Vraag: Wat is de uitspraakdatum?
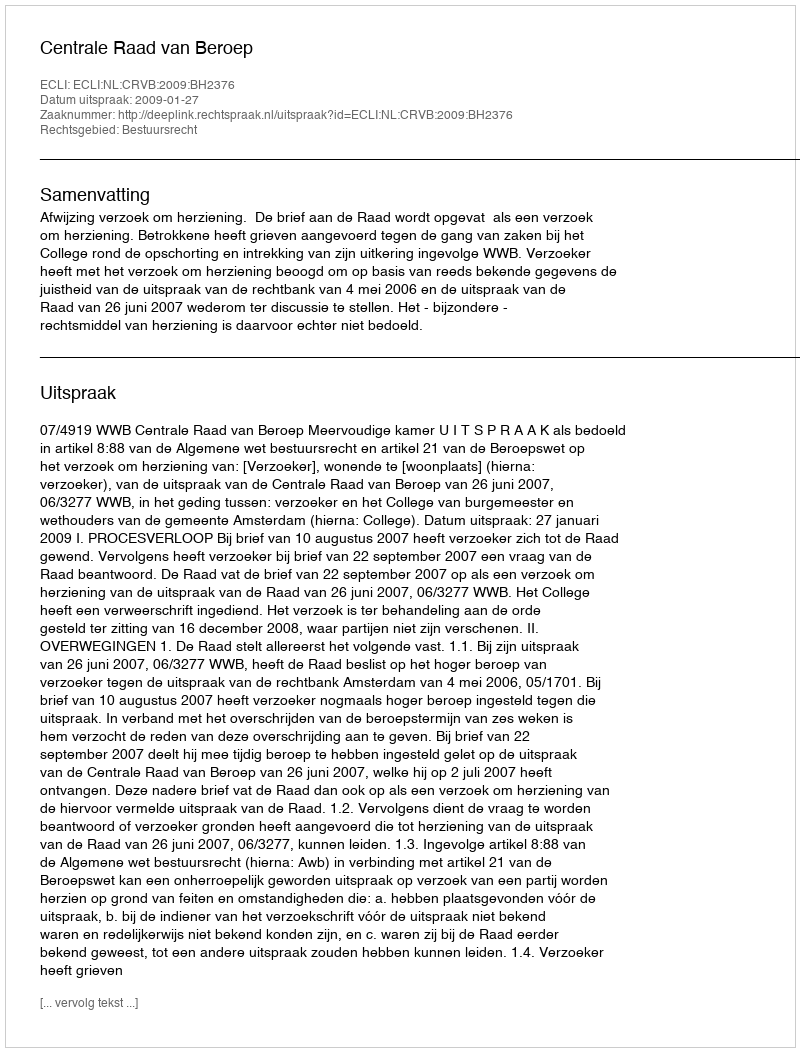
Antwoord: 2009-01-27